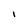
Character: I